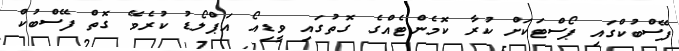
ފޭސްބުކްގައި ޕޯސްޓަކަށް ކުރާ ކޮމެންޓެއްގެ ގޮތުގައި ވީޑިއޯ އަޕްލޯޑު ކުރެވޭ ގޮތް ފޭސްބުކް